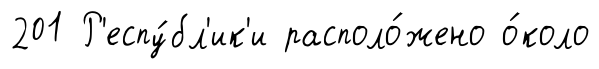
201 Р'еспу́бл'ик'и располо́жено о́коло